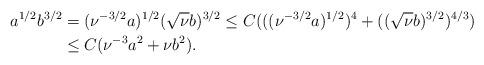
LaTeX: \begin{align*} a^{1/2}b^{3/2} &=(\nu^{-3/2}a)^{1/2}(\sqrt{\nu} b)^{3/2}\leq C (((\nu^{-3/2} a)^{1/2})^4+((\sqrt{\nu} b)^{3/2})^{4/3}) \\ &\leq C (\nu^{-3} a^2+ \nu b^2).\end{align*}